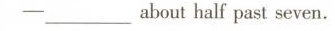
--___abouthalf past seven.